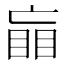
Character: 𰥲